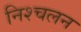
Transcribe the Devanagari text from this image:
निश्‍चलन